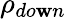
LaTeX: \rho_{do\mathbf{w}n}